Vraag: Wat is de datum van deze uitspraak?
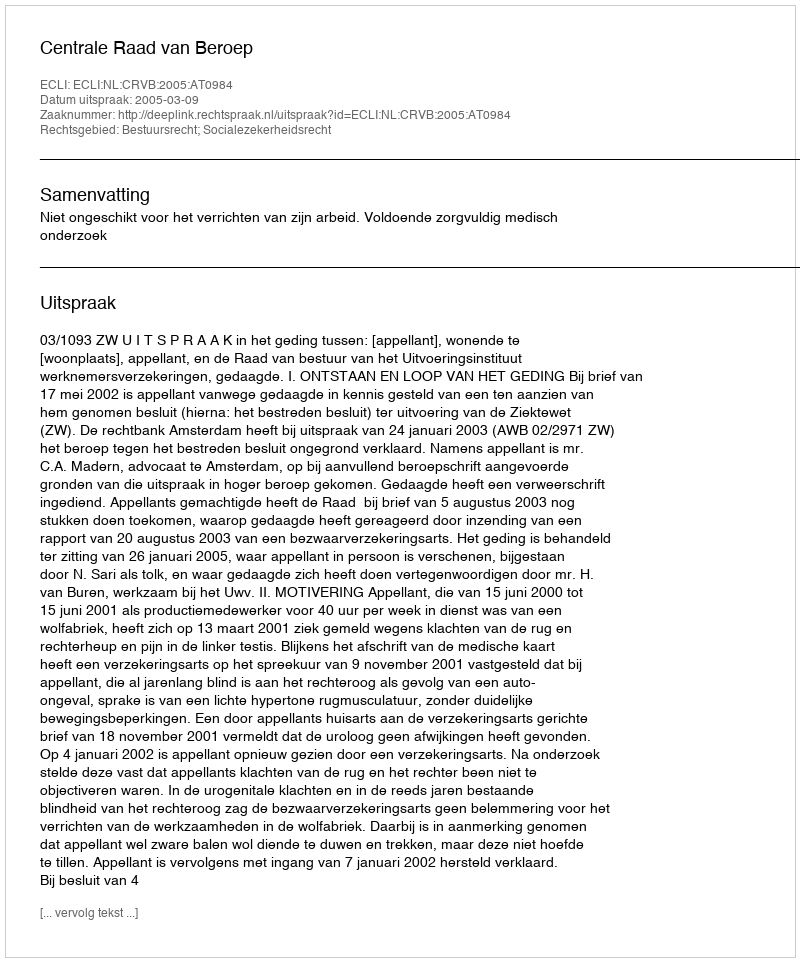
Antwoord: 2005-03-09